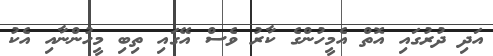
އަދި ދުރުގައި އޮތް އެމީހުންގެ ކާރު ވެސް އޭގައި ތިބި މީހުންނާއި އެކު